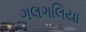
ગલગલિયા